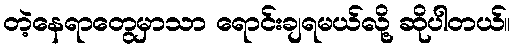
တဲ့နေရာတွေမှာသာ ရောင်းချရမယ်လို့ ဆိုပါတယ်။